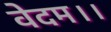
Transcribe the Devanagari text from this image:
वेदम।।